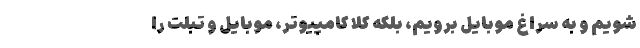
شویم و به سراغ موبایل برویم، بلکه کلاً کامپیوتر، موبایل و تبلت را